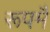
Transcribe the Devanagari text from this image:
रूपमै